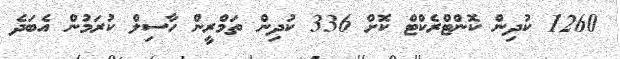
1260 ކުދިން ކޮންޓްރެކްޓް ކޮށް 336 ކުދިން ތަމްރީން ހާސިލް ކުރަމުން އެބަދެ